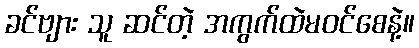
ခင်ဗျား သူ ဆင်တဲ့ အကွက်ထဲမဝင်စေနဲ့။